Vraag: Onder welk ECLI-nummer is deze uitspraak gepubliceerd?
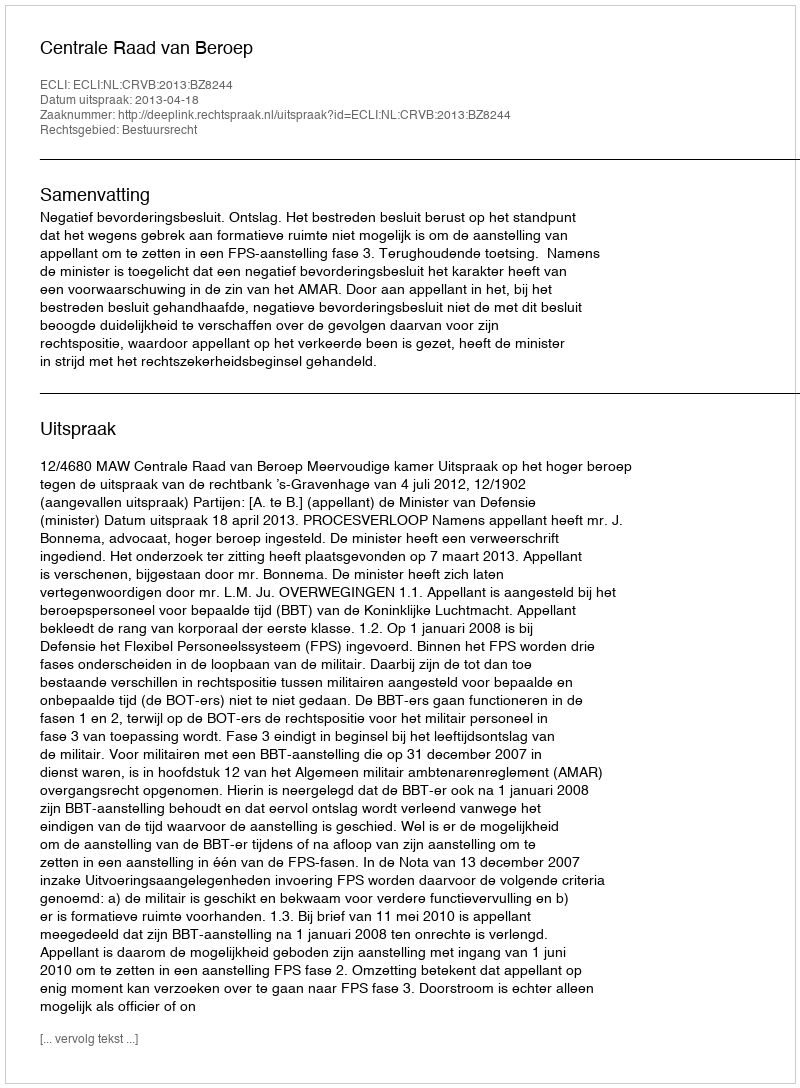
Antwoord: ECLI:NL:CRVB:2013:BZ8244